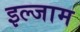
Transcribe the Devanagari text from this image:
इल्‍जाम